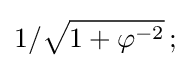
1/{\sqrt {1+\varphi ^{-2}}}\,;